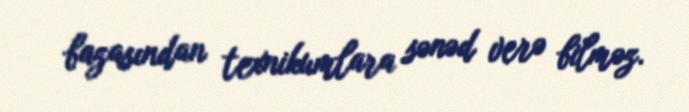
bazasından texnikumlara sənəd verə bilməz.